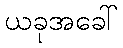
ယခုအခေါ်